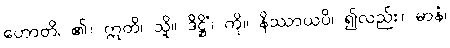
ဟောတိ၊ ၏။ ဣတိ၊ သို့။ ဒိဋ္ဌိံ၊ ကို။ နိဿာယပိ၊ ၍လည်း။ မာနံ၊